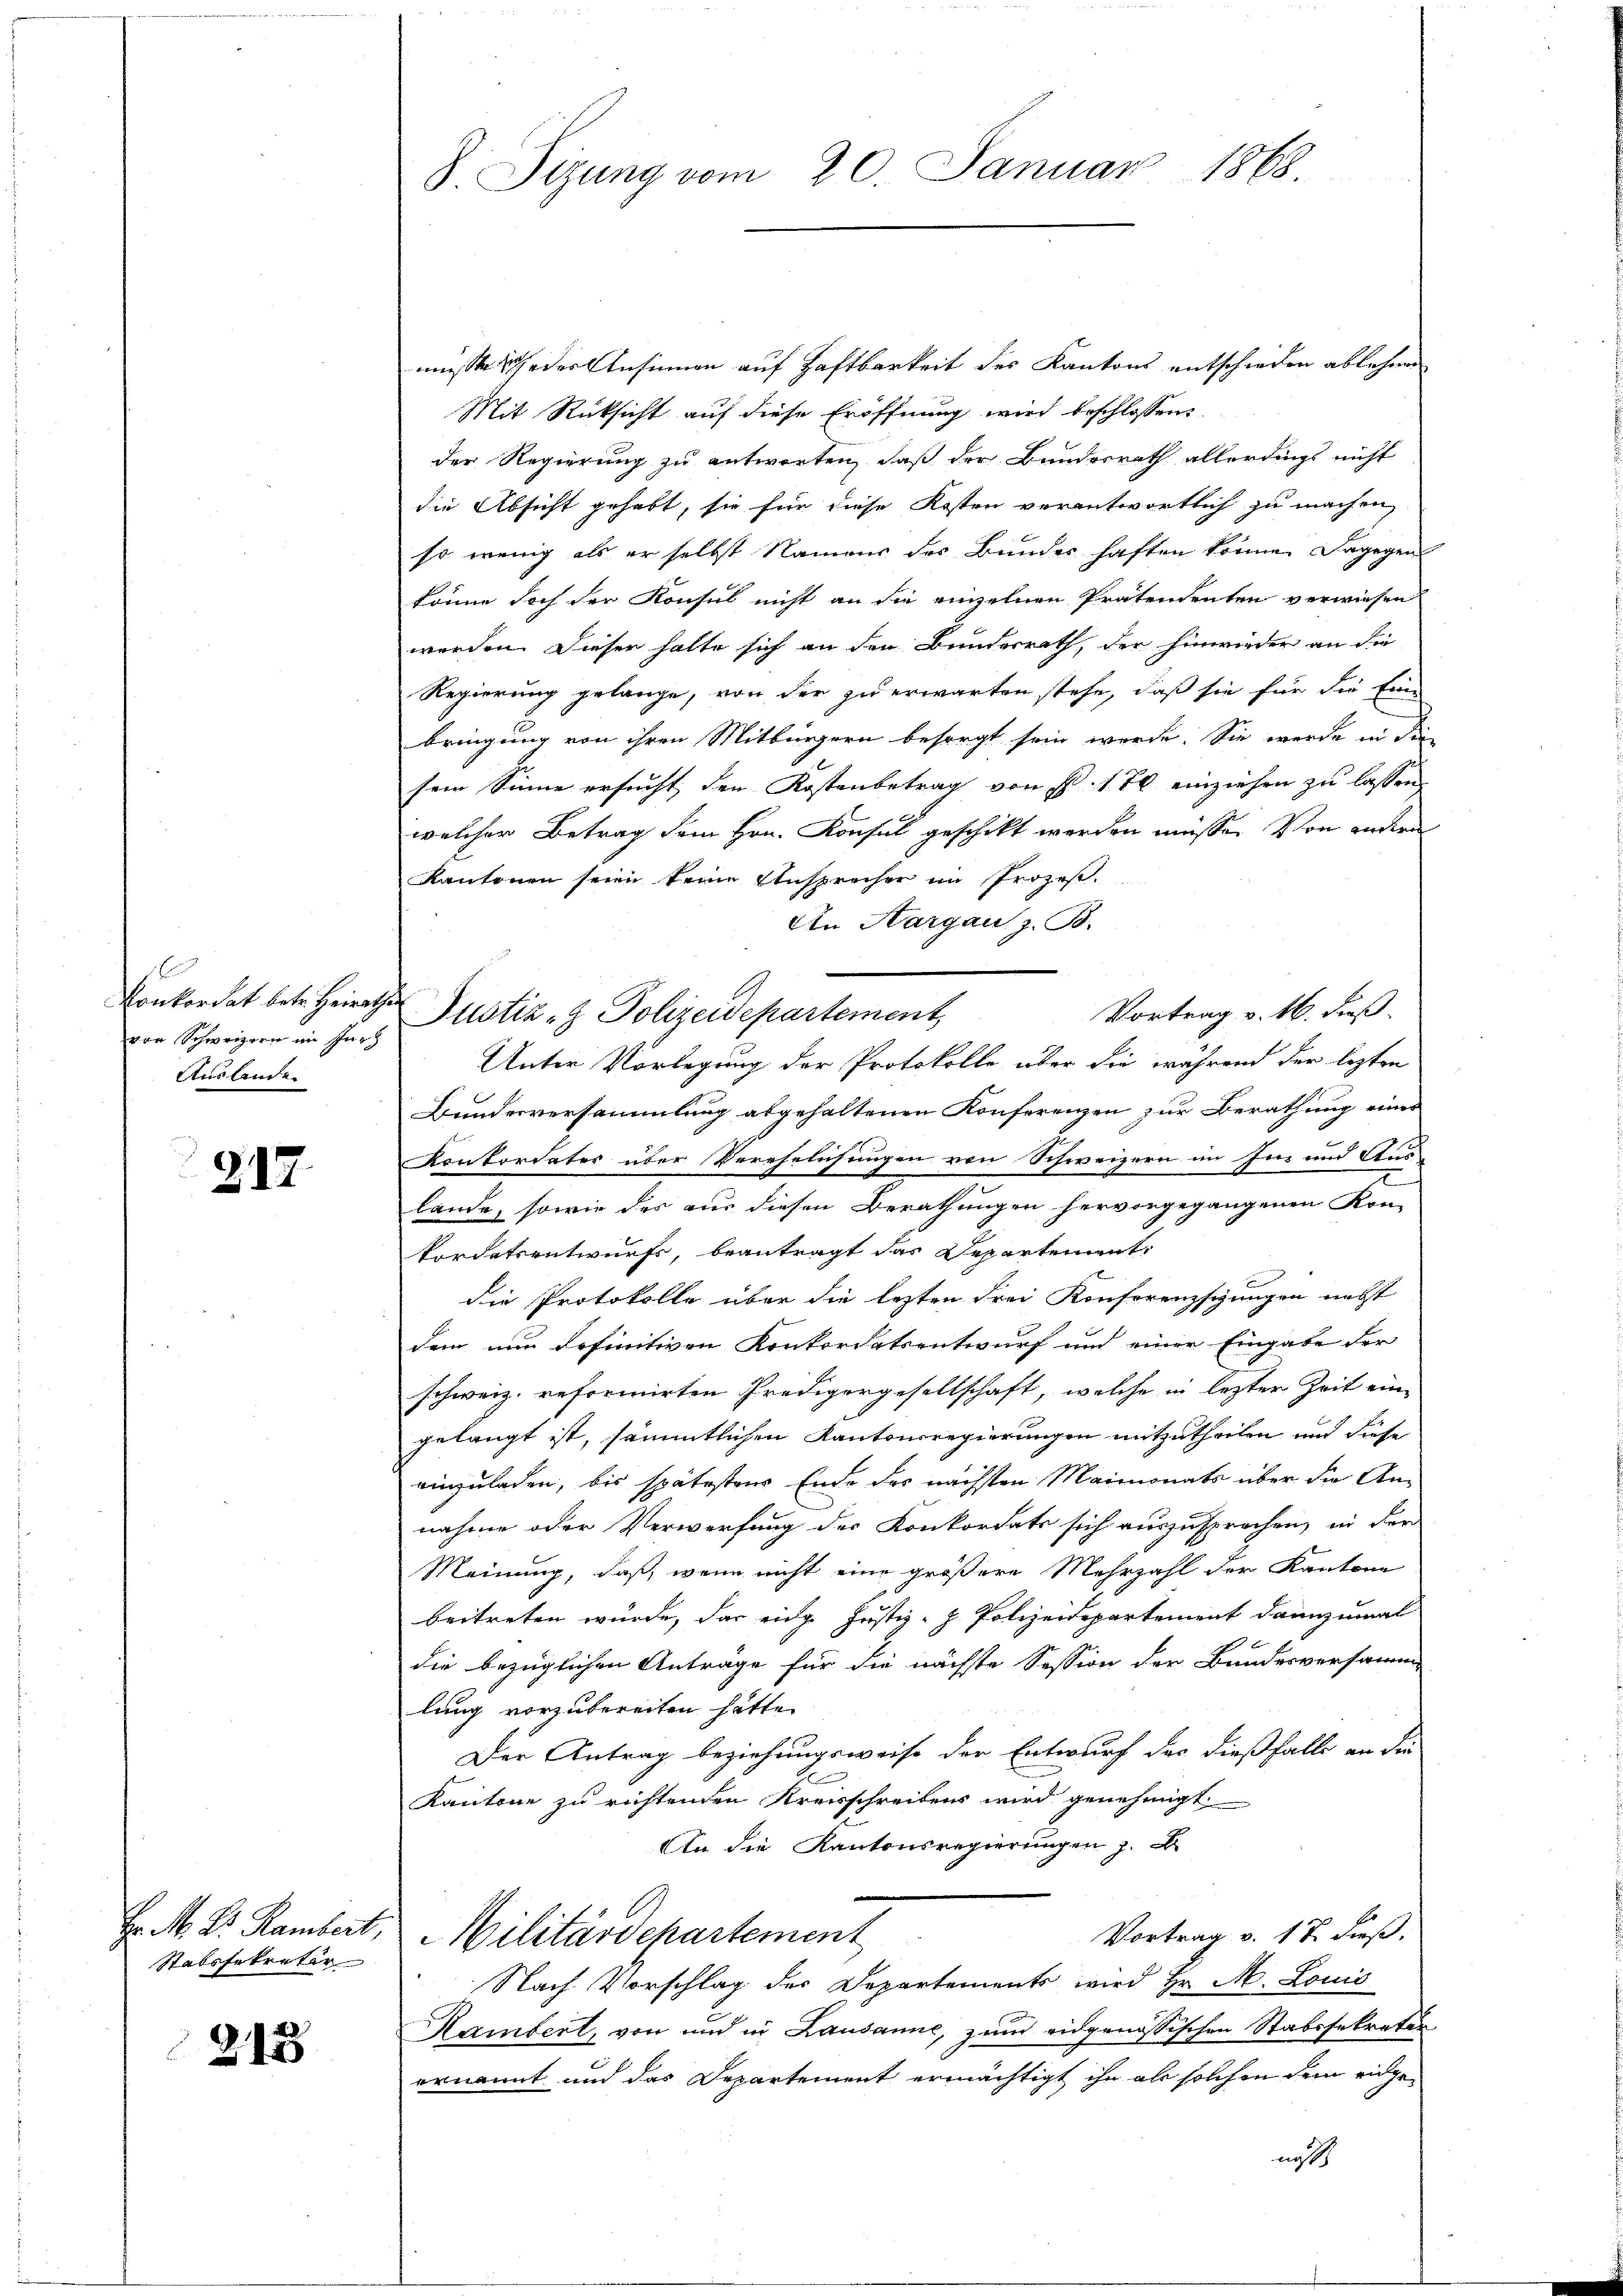
1
Konkordat betr. Heirath
von Schweizern im Jurh
Auslanden

217.

Stabssekreter

213

8 Sizung vom 20. Januar 1868

Justiz- & Polizeidepartement,

müsste Jeder Ansinnen auf Haftbarkeit des Kantons entschieden ablehnen
Mit Rücksicht auf diese Eröffnung wird beschlossen:
der Regierung zu antworten, daß der Bundesrath allerdings nicht
die Absicht gehabt, sie für diese Kosten verantwortlich zu machen,
so wenig als er selbst Namens des Bundes haften könne. Dagegen
könne doch der Konsul nicht an die einzelnen Prätendenten verwiesen
werden. Dieser halte sich an den Bundesrath, der hinwieder an die
Regierung gelange, von der zu erwarten stehe, daß sie für die Eine
bringung von ihren Mitbürgern besorgt sein werde. Sie werde in die
sein Sinne ersucht, den Kostenbetrag von P. 170 einziehen zu lassen
welcher Betrag dem Hrn. Konsul geschickt werden müssen von anderen
Kantonen seien keine Ansprecher im Prozeß.
An Aargau z. B.
Vortrag v. 16. dieß.
Unter Vorlegung der Protokolle über die während der lezten
Bundesversammlung abgehaltenen Konferenzen zur Berathung eines
Konkordates über Verehelichungen von Schweizern im In- und Aus-
bände, sowie des aus diesen Berathungen hervorgegangenen Kon-
kordatsentwurfs, beantragt das Departement,
die Protokolle über die lezten drei Konferenzschungen nebst
dem nun definitiven Konkordatsentwurf und einer Eingabe der
schweiz. reformirten Predigergesellschaft, welche in lezter Zeit eine
gelangt ist, sämmtlichen Kantonsregierungen mitzutheilen und diese
einzuladen, bis spätestens Ende des nächsten Maimonats über die An-
nahme oder Verwerfung des Konkordats sich auszusprechen, in der
Meinung, daß, wenn nicht eine größere Mehrzahl der Kantone
beitreten würde, das eidg. Justiz-Z. Polizeidepartement dannzumal
die bezüglichen Antrage für die nächste Session der Bundesversamme
lung vorzubereiten hätte.
Der Antrag beziehungsweise der Entwurf das dießfalle an die
Kantone zu richtenden Kreisschreibens wird genehmigt.
An die Kantonsregierungen z. B.
Hr. M. Dr. Rambert, Militärdepartement
Vortrag v. 17. dieß.
Nach Vorschlag des Departements wird Hr. M. Louis
Hambert, von und in Lausanne, zum eidgenössischen Stabssekretär
ernannt und das Departement ermächtigt ihn als solchen dem eidgeni